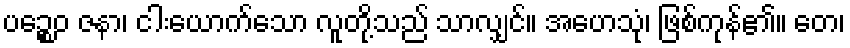
ပဉ္စေဝ ဇနာ၊ ငါးယောက်သော လူတို့သည် သာလျှင်။ အဟေသုံ၊ ဖြစ်ကုန်၏။ တေ၊